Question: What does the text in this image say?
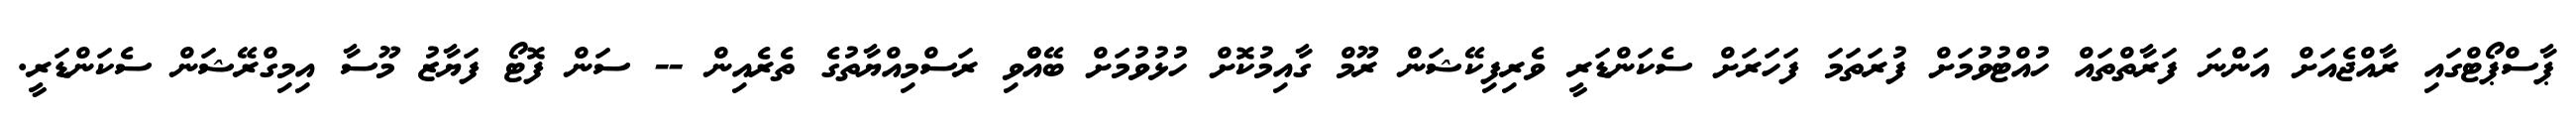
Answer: ޕާސްޕޯޓްގައި ރާއްޖެއަށް އަންނަ ފަރާތްތައް ހުއްޓުވުމަށް ފުރަތަމަ ފަހަރަށް ސެކަންޑަރީ ވެރިފިކޭޝަން ރޫމް ގާއިމުކޮށް ހުޅުވުމަށް ބޭއްްވި ރަސްމިއްޔާތުގެ ތެރެއިން -- ސަން ފޮޓޯ ފަޔާޒު މޫސާ އިމިގްރޭޝަން ސެކަންޑަރީ.